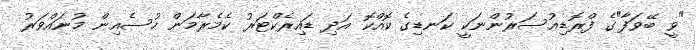
"ވީ ބޭވަފާ"ގެ ފްރޮޑިއުސަރުންނަކީ ކަނޑިގެ ކޮއްކޮ އަދި ޑައިރެކްޓަރު ކެމެރާމަން ހުސެއިން މުނައްވަރު